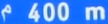
400 m